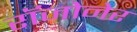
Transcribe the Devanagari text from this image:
रॉजोनेर